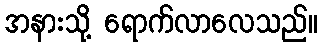
အနားသို့ ရောက်လာလေသည်။